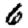
Digit: 6